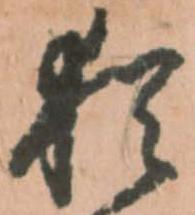
猶